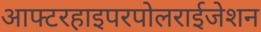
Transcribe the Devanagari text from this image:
आफ्टरहाइपरपोलराईजेशन